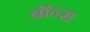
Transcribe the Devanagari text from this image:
ब्रॉन्‍स